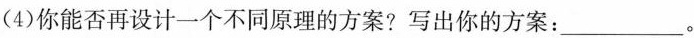
(4)你能否再设计一个不同原理的方案?写出你的方案 ：___。